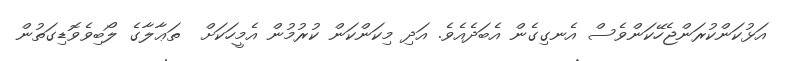
އަޅުކަންކުރަންޖެހޭކަންވެސް އެނގިގެން އެބަދެއެވެ. އަދި މިކަންކަން ކުރުމުން އެމީހަކަށް  ތަޢާލާގެ ލޯބިވެވޮޑިގަތުން